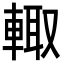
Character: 輙